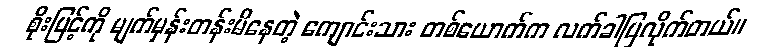
စိုးမြင့်ကို မျက်မှန်းတန်းမိနေတဲ့ ကျောင်းသား တစ်ယောက်က လက်ခါပြလိုက်တယ်။